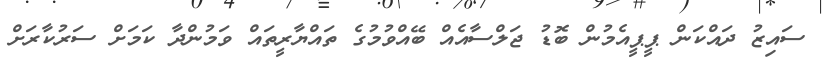
ސައިޒު ދައްކަން ޕީޕީއެމުން ބޮޑު ޖަލްސާއެއް ބޭއްވުމުގެ ތައްޔާރީތައް ވަމުންދާ ކަމަށް ސަރުކާރަށް